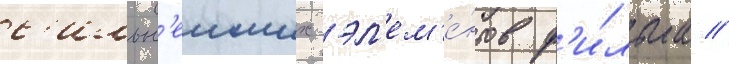
с'ильн'еиших эл'ем'е́нтов ф'и́льма //